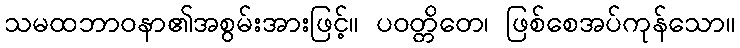
သမထဘာဝနာ၏အစွမ်းအားဖြင့်။ ပဝတ္တိတေ၊ ဖြစ်စေအပ်ကုန်သော။